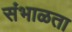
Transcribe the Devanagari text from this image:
संभाळता